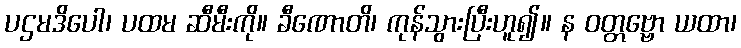
ပဌမဒိပေါ၊ ပထမ ဆီမီးကို။ ခီဏောတိ၊ ကုန်သွားပြီးဟူ၍။ န ဝတ္တဗ္ဗော ယထာ၊